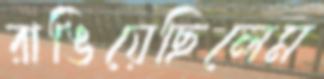
রাঙিয়েছিলেম